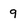
Character: 9